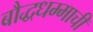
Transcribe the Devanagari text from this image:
बौद्धधम्माची